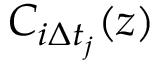
C _ { i \Delta t _ { j } } ( z )